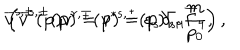
\overline { { { v } } } ^ { s , \pm } ( \mathbf { p } ) v ^ { r , \mp } ( \mathbf { p } ) = \varepsilon _ { s } \delta _ { s r } \frac m { p _ { 0 } } , \hspace { 0 . 3 i n } \left( \overline { { { v } } } ^ { s , \pm } ( \mathbf { p } ) = v ^ { * s , \pm } ( \mathbf { p } ) \Gamma _ { 4 } \overline { { { \Gamma } } } _ { 4 } \right) ,